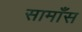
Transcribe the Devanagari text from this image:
सामाँस